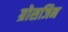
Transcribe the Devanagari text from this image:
ग्रोसजिन